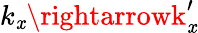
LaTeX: k_{\mathit{x}}\rightarrowk_{\mathit{x}}^{\prime}